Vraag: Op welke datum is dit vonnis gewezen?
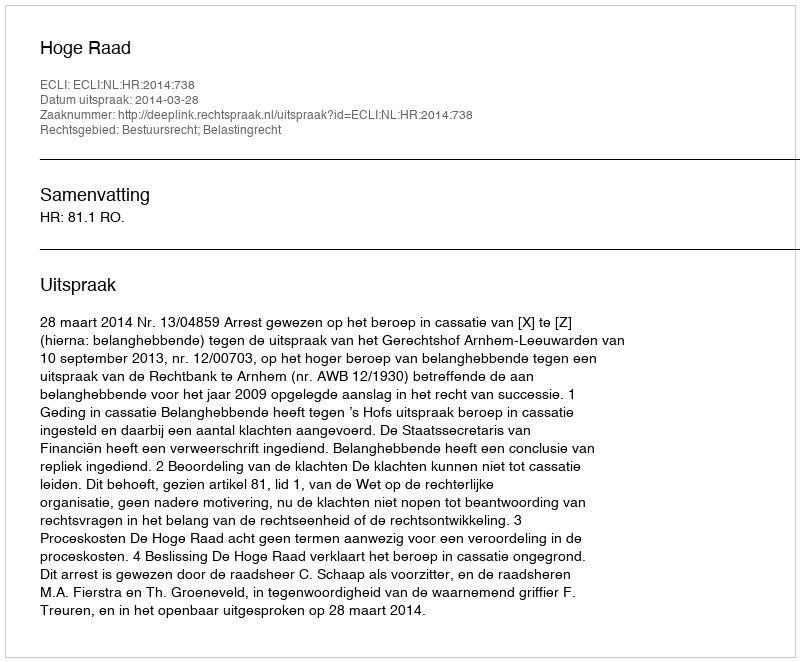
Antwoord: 2014-03-28